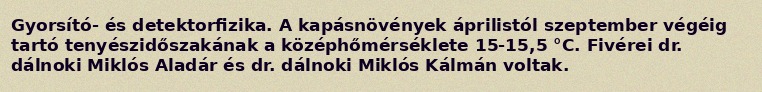
Gyorsító- és detektorfizika. A kapásnövények áprilistól szeptember végéig tartó tenyészidőszakának a középhőmérséklete 15-15,5 °C. Fivérei dr. dálnoki Miklós Aladár és dr. dálnoki Miklós Kálmán voltak.